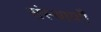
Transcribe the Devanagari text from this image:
संस्थायएँ